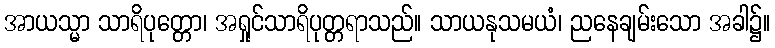
အာယသ္မာ သာရိပုတ္တော၊ အရှုင်သာရိပုတ္တရာသည်။ သာယနုသမယံ၊ ညနေချမ်းသော အခါ၌။